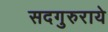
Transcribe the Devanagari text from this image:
सदगुरुराये